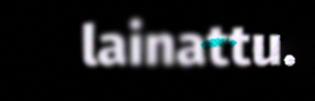
lainattu.